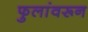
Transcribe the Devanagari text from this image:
फुलांवरून